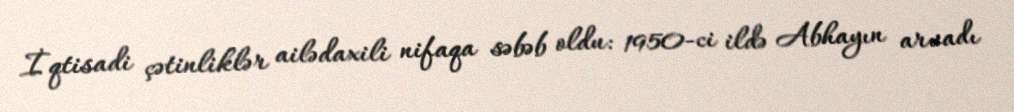
İqtisadi çətinliklər ailədaxili nifaqa səbəb oldu: 1950-ci ildə Abhayın arvadı